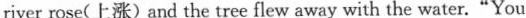
river rose(上涨)and the tree flew away with the water."You